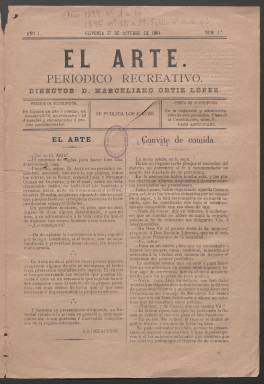
Título: El Arte (Olivenza)
Ámbito geográfico: Badajoz
Lugar de publicación: Olivenza [Badajoz]
Fechas: 27/10/1894-27/06/1895